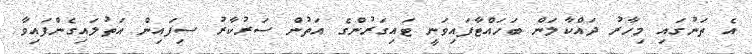
އެ ތަނުގައި މިިހާރު ދައްކާލަން ބަހައްޓާފައިވަނީ ޓައިގަރުންގެ އަތުން ސަރުކާރު ސިފައިން އަތުލައިގެންފައިވާ